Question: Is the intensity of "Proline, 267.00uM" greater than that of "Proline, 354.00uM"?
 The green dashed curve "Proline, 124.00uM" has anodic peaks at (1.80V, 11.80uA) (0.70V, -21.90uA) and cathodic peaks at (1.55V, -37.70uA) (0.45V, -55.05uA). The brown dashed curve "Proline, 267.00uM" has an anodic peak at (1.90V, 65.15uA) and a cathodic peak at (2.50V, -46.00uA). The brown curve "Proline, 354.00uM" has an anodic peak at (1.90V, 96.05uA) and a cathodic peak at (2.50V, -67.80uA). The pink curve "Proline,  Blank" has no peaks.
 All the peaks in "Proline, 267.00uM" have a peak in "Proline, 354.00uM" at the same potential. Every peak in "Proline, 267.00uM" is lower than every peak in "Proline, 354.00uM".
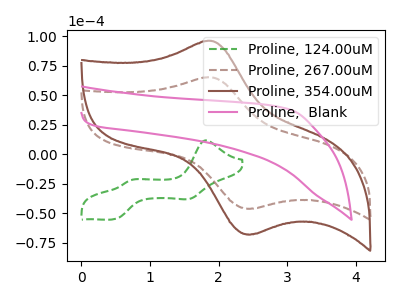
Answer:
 <answer>"Proline, 267.00uM" has less signal than "Proline, 354.00uM".</answer>
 <eval>less_signal</eval>